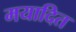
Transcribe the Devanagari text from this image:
मयादित